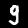
Digit: 9